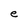
Character: e